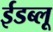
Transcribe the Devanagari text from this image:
ईडब्लू